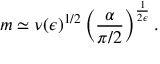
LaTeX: m \simeq \nu ( { \epsilon } ) ^ { 1 / 2 } \left( \frac { \alpha } { \pi / 2 } \right) ^ { \frac { 1 } { 2 \epsilon } } .